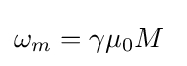
\omega _{m}=\gamma \mu _{0}M\